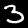
Digit: 3